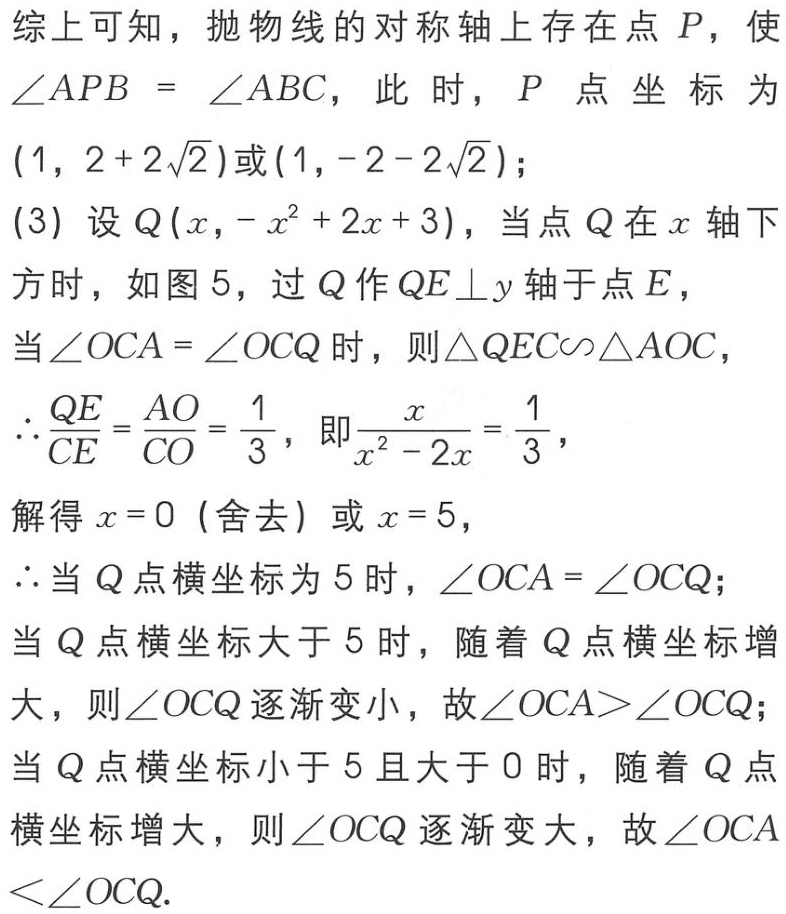
综上可知，抛物线的对称轴上存在点 \(P\)，使 \(\angle APB = \angle ABC\)，此时，\(P\) 点坐标为 \((1, 2 + 2\sqrt{2})\)或\((1, -2 - 2\sqrt{2})\)；
(3) 设 \(Q(x, -x^{2}+2x + 3)\)，当点 \(Q\) 在 \(x\) 轴下方时，如图 5，过 \(Q\) 作 \(QE\perp y\) 轴于点 \(E\)，
当 \(\angle OCA=\angle OCQ\) 时，则 \(\triangle QEC\sim\triangle AOC\)，
\(\therefore\frac{QE}{CE}=\frac{AO}{CO}=\frac{1}{3}\)，即\(\frac{x}{x^{2}-2x}=\frac{1}{3}\)，
解得 \(x = 0\)（舍去）或 \(x = 5\)，
\(\therefore\)当 \(Q\) 点横坐标为 \(5\) 时，\(\angle OCA=\angle OCQ\)；
当 \(Q\) 点横坐标大于 \(5\) 时，随着 \(Q\) 点横坐标增大，则 \(\angle OCQ\) 逐渐变小，故 \(\angle OCA>\angle OCQ\)；
当 \(Q\) 点横坐标小于 \(5\) 且大于 \(0\) 时，随着 \(Q\) 点横坐标增大，则 \(\angle OCQ\) 逐渐变大，故 \(\angle OCA<\angle OCQ\).